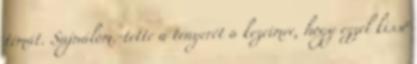
témát. Sajnálom.-tette a tenyerét a kezeimre, hogy ezzel kissé